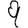
Digit: 9